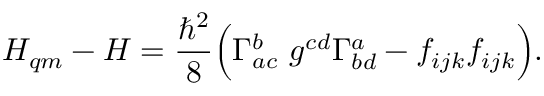
H _ { q m } - H = { \frac { \hbar ^ { 2 } } { 8 } } \Bigl ( \Gamma _ { a c } ^ { b } ~ g ^ { c d } \Gamma _ { b d } ^ { a } - f _ { i j k } f _ { i j k } \Bigr ) .